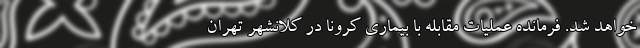
خواهد شد. فرمانده عملیات مقابله با بیماری کرونا در کلانشهر تهران